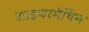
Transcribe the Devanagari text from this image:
साइपरमेथिन